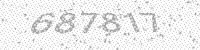
Solution: 687817